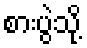
စားပွဲသို့